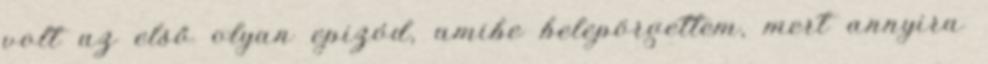
volt az első olyan epizód, amibe belepörgettem, mert annyira